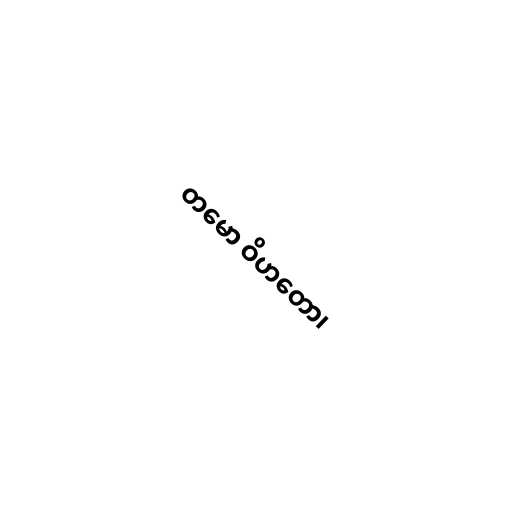
တမော ဝိဟတော၊